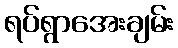
ရပ်ရွာအေးချမ်း